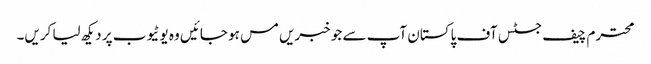
محترم چیف جسٹس آف پاکستان آپ سے جو خبریں مس ہو جائیں وہ یوٹیوب پر دیکھ لیا کریں۔